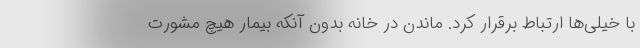
با خیلی‌ها ارتباط برقرار کرد. ماندن در خانه بدون آنکه بیمار هیچ مشورت